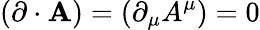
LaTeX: (\mathbf{\partial}\cdot\mathbf{A})=(\partial_{\mu}A^{\mu})=0